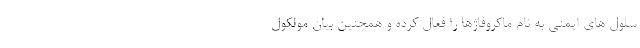
سلول های ایمنی به نام ماکروفاژها را فعال کرده و همچنین بیان مولکول